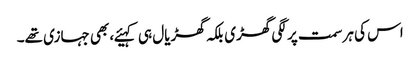
اس کی ہر سمت پر لگی گھڑی بلکہ گھڑیال ہی کہیئے، بھی جہازی تھے۔